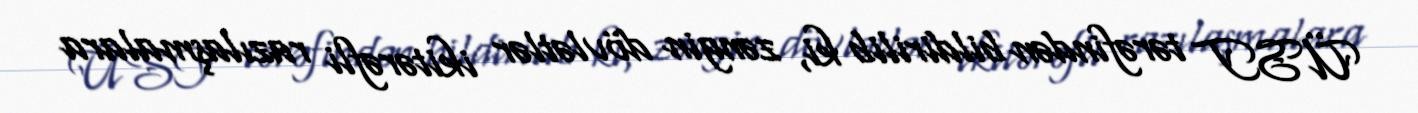
ÜST tərəfindən bildirilib ki, zəngin dövlətlər ikitərəfli razılaşmalara